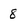
Character: 8